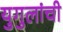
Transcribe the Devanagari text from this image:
युगुलांची